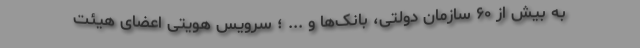
به بیش از ۶۰ سازمان دولتی، بانک‌ها و ... ؛ سرویس هویتی اعضای هیئت